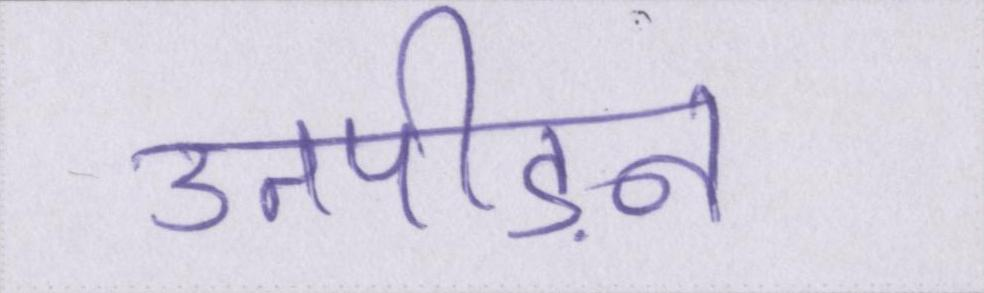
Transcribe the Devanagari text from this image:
उतपीड़न